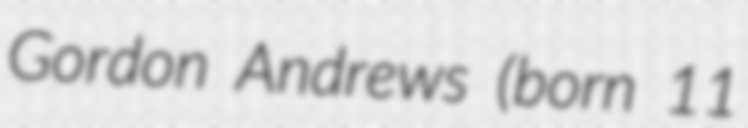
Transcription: Gordon Andrews (born 11